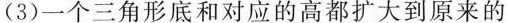
(3)一个三角形底和对应的高都扩大到原来的